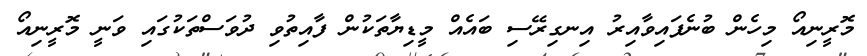
މޮރީނިއޯ މިހެން ބުނެފައިވާއިރު އިނގިރޭސި ބައެއް މީޑިޔާތަކުން ފާއިތުވި ދުވަސްތަކުގައި ވަނީ މޮރީނިއޯ